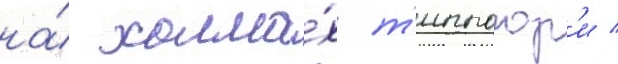
на́ холма́х т'иппогор'и /